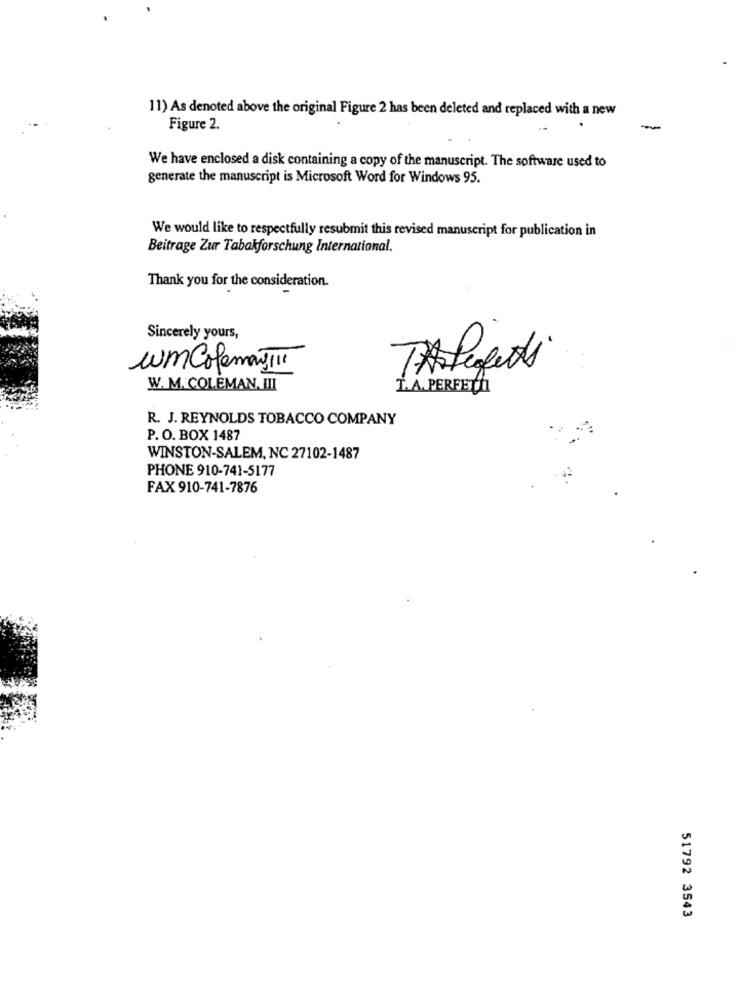
11) As denoted above the original Figure 2 has been deleted and replaced with a new
Figure 2.
We have enclosed a disk containing a copy of the manuscript. The software used to
generate the manuscript is Microsoft Word for Windows 95.
We would like to respectfully resubmit this revised manuscript for publication in
Beitrage Zur Tabakforschung International.
Thank you for the consideration.
Sincerely yours,
umColeman !!!
TAstegeti
W.M. COLEMAN, III
T. A. PERFETTI
R. J. REYNOLDS TOBACCO COMPANY
P. O. BOX 1487
WINSTON-SALEM, NC 27102-1487
PHONE 910-741-5177
FAX 910-741-7876
51792 3543